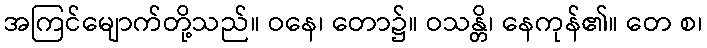
အကြင်မျောက်တို့သည်။ ဝနေ၊ တော၌။ ဝသန္တိ၊ နေကုန်၏။ တေ စ၊